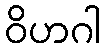
ဝိဟဂါ